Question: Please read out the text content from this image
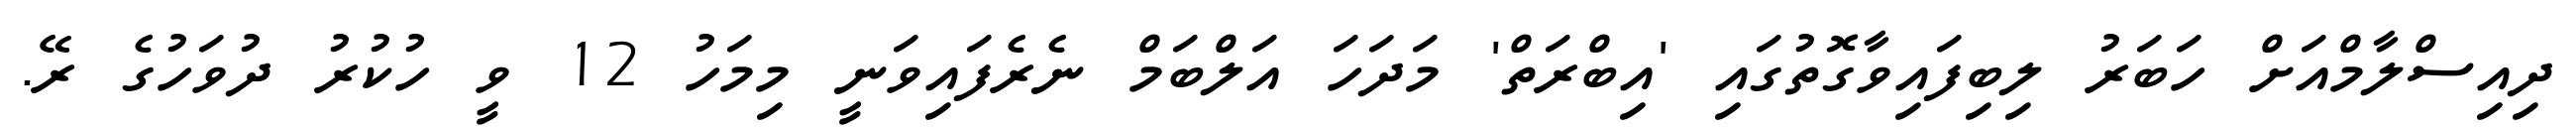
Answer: ދިއިސްލާމްއަށް ހަބަރު ލިބިފައިވާގޮތުގައި 'އިބްރަތް' މަދަހަ އަލްބަމް ނެރެފައިވަނީ މިމަހު 12 ވީ ހުކުރު ދުވަހުގެ ރޭ.